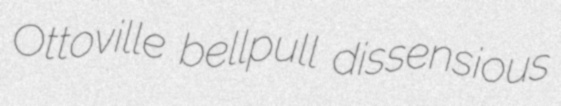
Ottoville bellpull dissensious